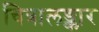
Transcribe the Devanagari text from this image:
चित्रालङ्कार